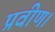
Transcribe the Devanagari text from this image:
प्रवीण।